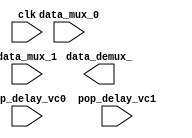
module mux #(
    parameter DATA_SIZE = 4 
    )(
    //input                       selector,
    input                       clk,
    input                       pop_delay_vc0,      //funciona como un enable
    input                       pop_delay_vc1,      //funciona como un enable
    input       [DATA_SIZE-1:0] data_mux_0,
    input       [DATA_SIZE-1:0] data_mux_1,
    output reg  [DATA_SIZE-1:0] data_demux_
);
    reg         [DATA_SIZE-1:0] reg_VC0, reg_VC1;

    always@( * ) begin
        
        //Seleccion interna de valids
        reg_VC0 = pop_delay_VC0 ? data_mux0 : 'b0;  
        reg_VC1 = pop_delay_VC1 ? data_mux1 : 'b0; 
    end
    
    always@( posedge clk)begin
        data_demux <=  pop_delay_VC0 ? reg_VC0 : reg_VC1;
    end
endmodule